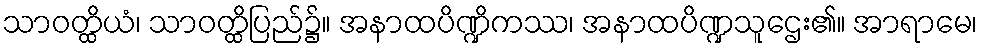
သာဝတ္ထိယံ၊ သာဝတ္ထိပြည်၌။ အနာထပိဏ္ဍိကဿ၊ အနာထပိဏ္ဍသူဌေး၏။ အာရာမေ၊